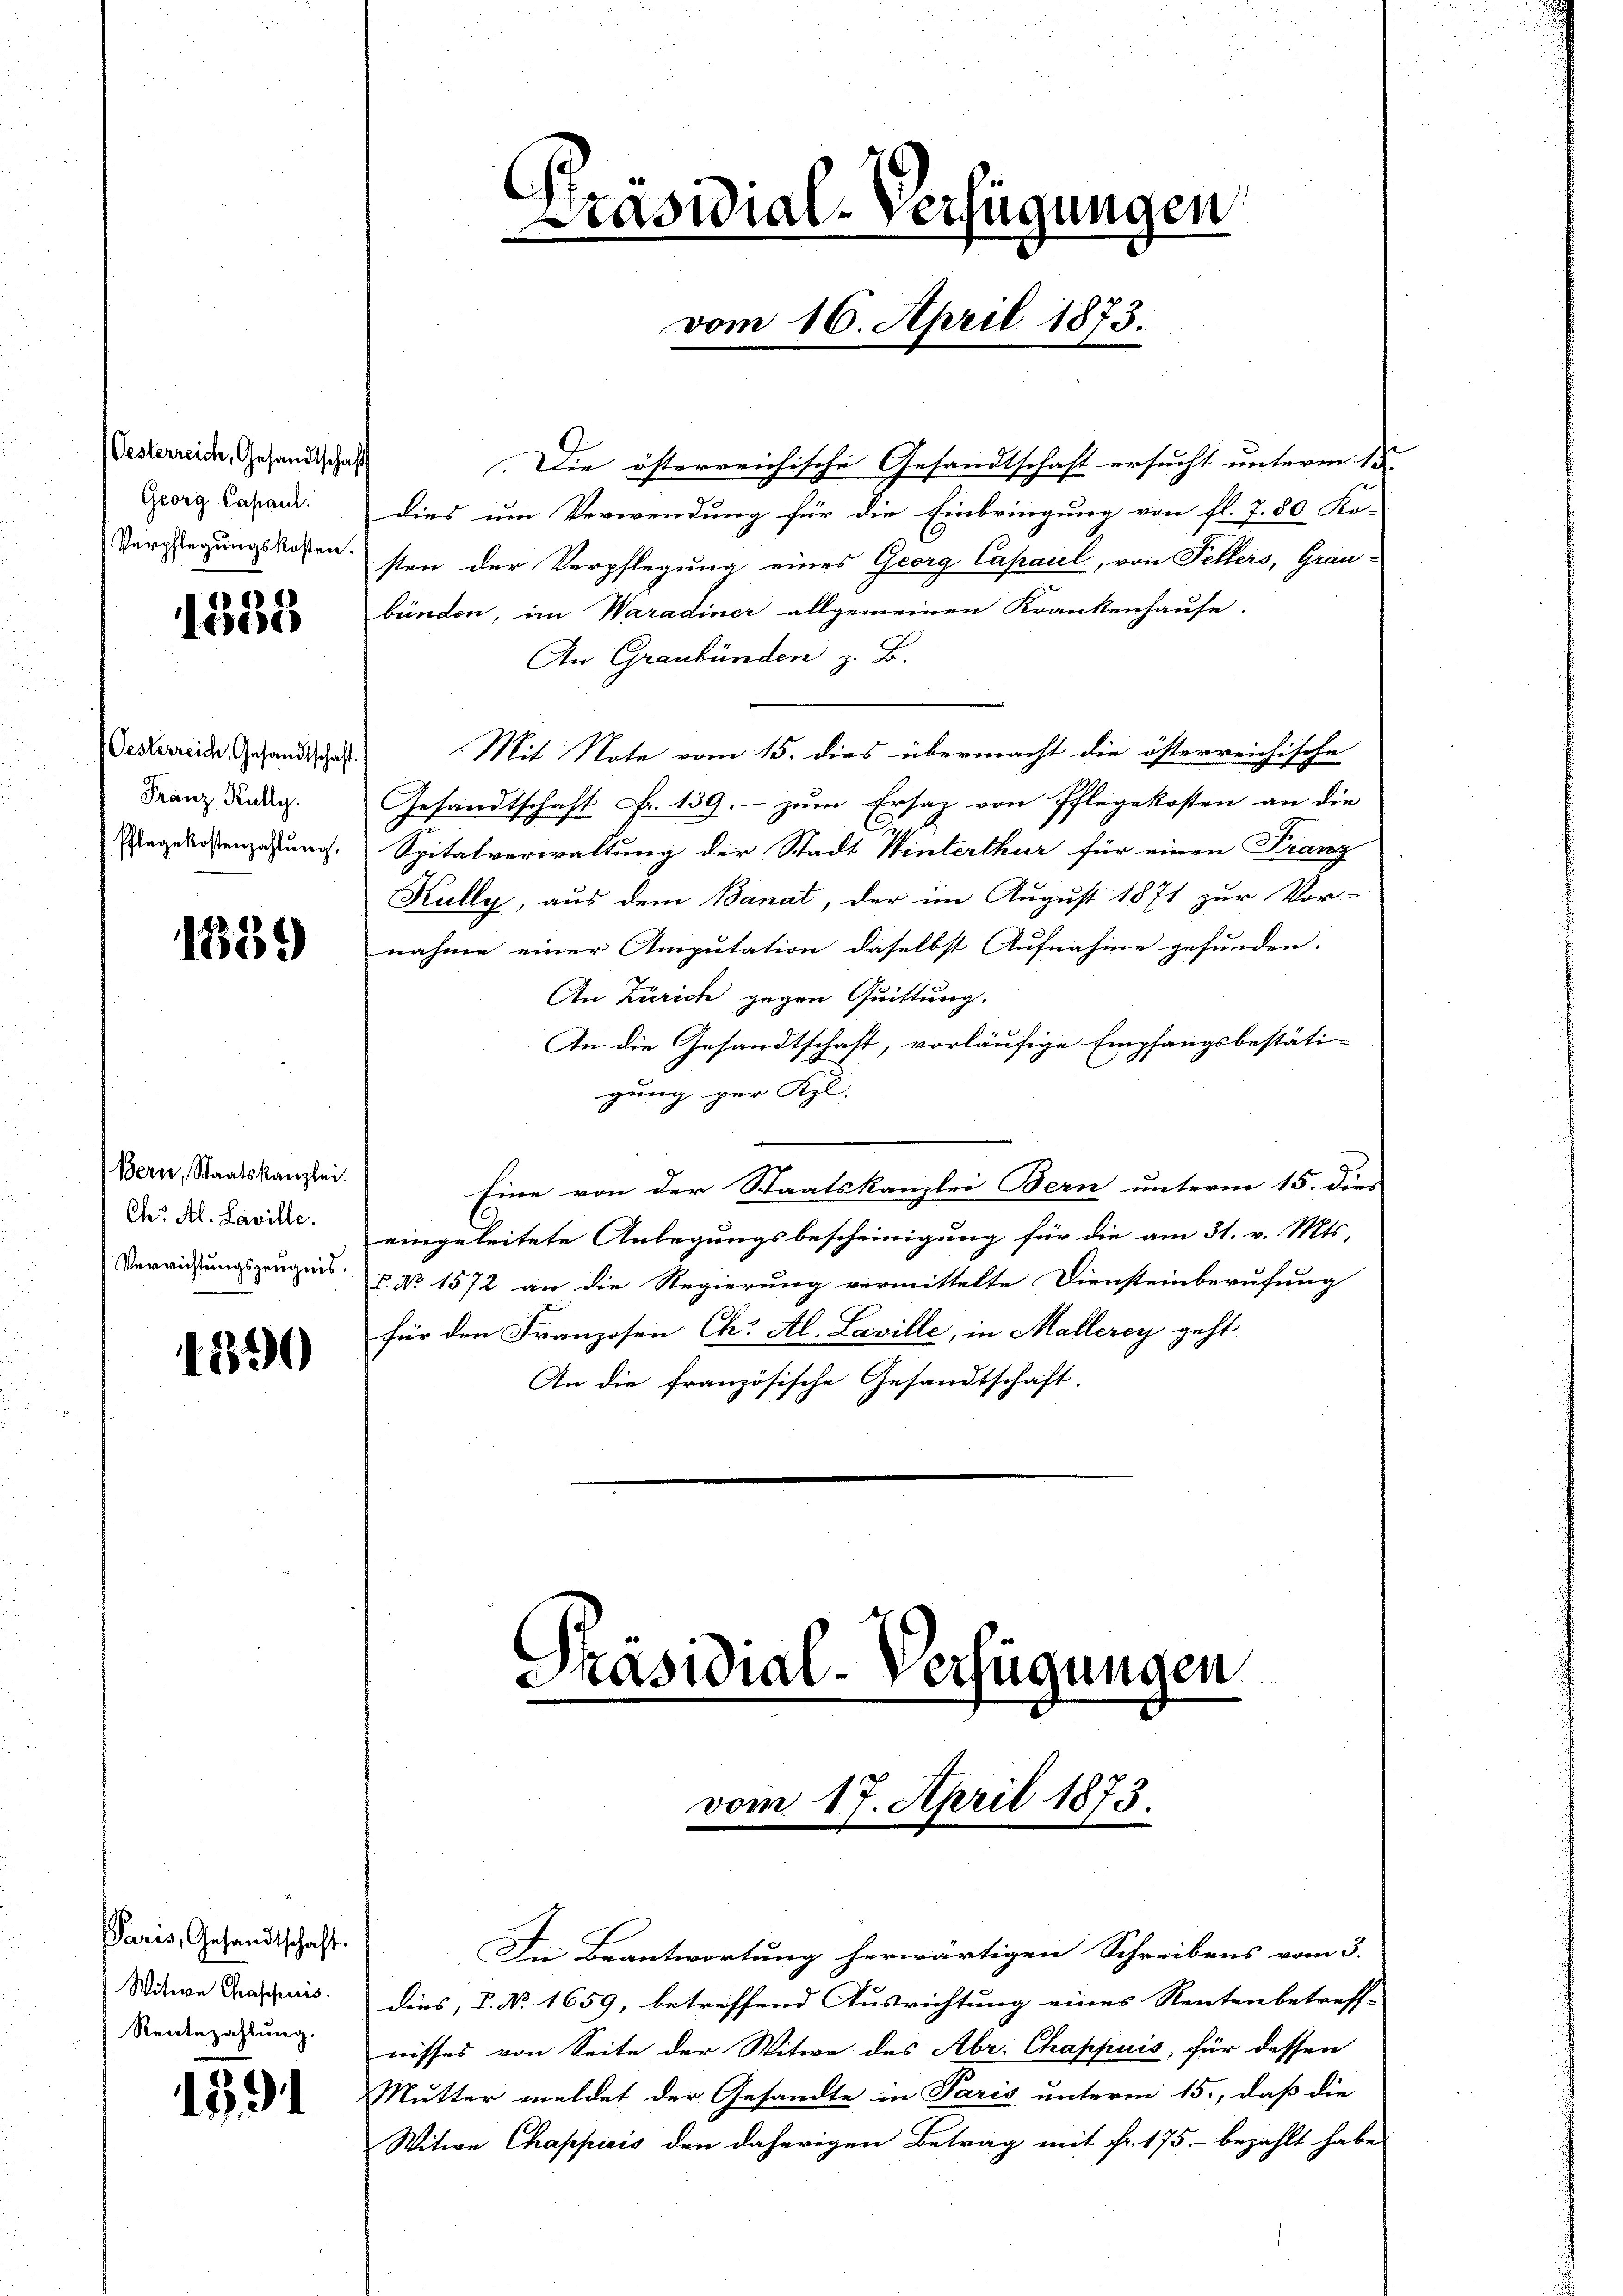
Oesterreich, Gesandtschaft
Georg Capaul.

1335

1889

1890

1391

Oesterreich, Gesandtschaft.
Franz Kully.
Pflegekostenzahlung,

Bern, Staatskanzlei.
Verrichtungszeugnis.

Paris, Gesandtschaft
Witwe Graschnis.
Rentezahlung.

Die österreichische Gesandtschaft ersucht unterm 15. |
dies um Verwendung für die Einbringung von fl. 7. 80 Ko-
Verglegungskosten sten der Verpflegung eines Georg Capaul, von Fellers, Grau-
bünden, im Waradiner allgemeinen Krankenhause.
An Graubünden z. B.
Mit Note vom 15. dies übermacht die österreichische
Gesandtschaft Nr. 139. zum Ersatz von Pflegekosten an die
Spitalverwaltung der Stadt Winterthur für einen Franz
Kully, aus dem Banat, der im August 1871 zur Vor-
nahme einer Amputation daselbst Aufnahme gefunden.
An Zürich gegen Quittung.
An die Gesandtschaft, vorläufige Empfangsbestäti-
gung per Kgl.
e
Eine von der Staatskanzlei Bern unterm 15. dies
Dr. Dr. Lavide eingeleitete Anlegungsbescheinigung für die am 31. v. Mts.
V. No. 1572 an die Regierung vermittelte Diensteinberufung
für den Franzosen Ch. Al. Laville, in Mallerey geht
An die französische Gesandtschaft.

Präsidial-Verfü

ungen

vom 16. April 1873.

Präsidial-Verfügungen

vom 17. April 1873.

Die Beantwortung herwärtigen Schreibens vom 3.
dies, P. No. 1659, betreffend Ausrichtung eines Rentenbetreff-
nisses von Seite der Witwe des Abr. Chappuis, für dessen
Mutter meldet der Gesandte in Paris unterm 15., daß die
Witwe Chappiris den daherigen Betrag mit Fr. 175. - bezahlt habe